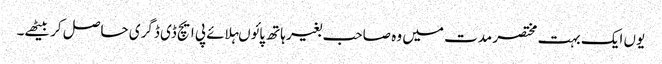
یوں ایک بہت مختصر مدت میں وہ صاحب بغیر ہاتھ پائوںہلائے پی ایچ ڈی ڈگری حاصل کر بیٹھے۔